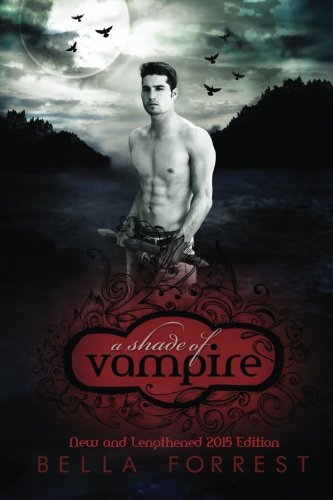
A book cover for A Shade Of Vampire (Shade of Vampire; Book One); Bella Forrest; Romance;